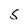
Character: s